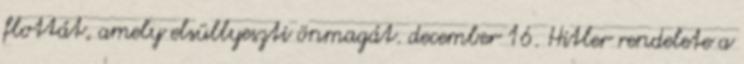
flottát, amely elsüllyeszti önmagát. december 16. Hitler rendelete a